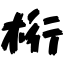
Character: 桁